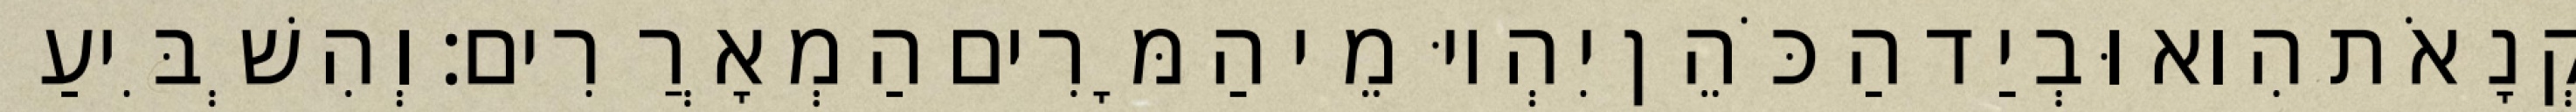
קְנָאֹת הִוא וּבְיַד הַכֹּהֵן יִהְיוּ מֵי הַמָּרִים הַמְאָרֲרִים׃ וְהִשְׁבִּיעַ